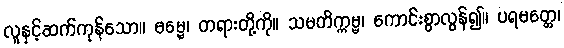
လူနှင့်ဆက်ကုန်သော။ ဓမ္မေ၊ တရားတို့ကို။ သမတိက္ကမ္မ၊ ကောင်းစွာလွန်၍။ ပရမတ္ထေ၊